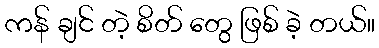
ကန် ချင် တဲ့ စိတ် တွေ ဖြစ် ခဲ့ တယ်။